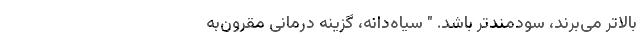
بالاتر می‌برند، سودمندتر باشد. " سیاه‌دانه، گزینه درمانی مقرون‌به